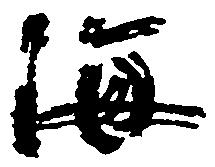
海